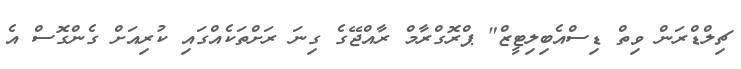
ޗިލްޑްރަން ވިތް ޑިސްއެބިލިޓީޒް" ޕްރޮގްރާމް ރާއްޖޭގެ ގިނަ ރަށްތަކެއްގައި ކުރިއަށް ގެންގޮސް އެ